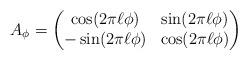
LaTeX: \begin{align*}A_\phi = \begin{pmatrix}\cos(2\pi \ell \phi)& \sin(2\pi \ell \phi)\\-\sin(2\pi \ell\phi)& \cos(2\pi \ell\phi)\end{pmatrix}\end{align*}